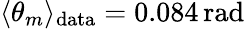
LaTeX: \langle\theta_{m}\rangle_{\mathrm{data}}=0.084\, \mathrm{rad}